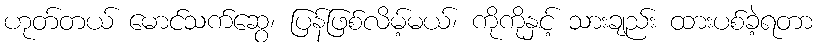
ဟုတ်တယ် မောင်သက်ဆွေ၊ ပြန်ဖြစ်လိမ့်မယ်၊ ကိုကိုနှင့် သားချည်း ထားပစ်ခဲ့ရတာ